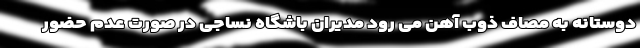
دوستانه به مصاف ذوب آهن می رود مدیران باشگاه نساجی در صورت عدم حضور